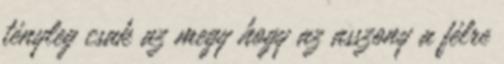
tényleg csak az megy hogy az asszony a félre